Code of medical and sanitary regulations for the guidance of medical officers serving in the Madras Presidency - Volume II
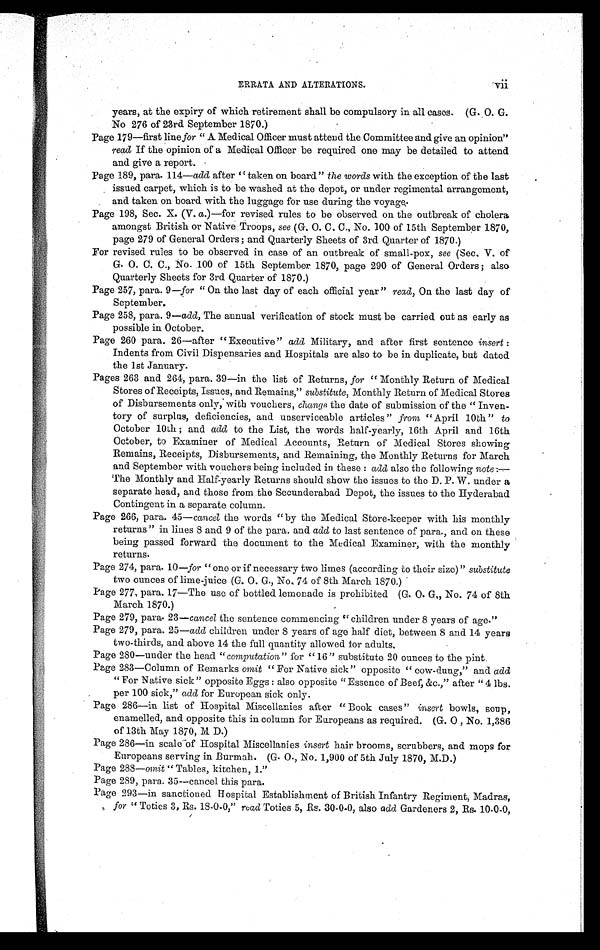
ERRATA AND ALTERATIONS. vii
years, at the expiry of which retirement shall be compulsory in all cases. (G.O. G.
No 276 of 23rd September 1870.)
Page 179—first line for " A Medical Officer must attend the Committee and give an opinion"
read If the opinion of a Medical Officer be required one may be detailed to attend
and give a report.
Page 189, para. 114—add after "taken on board" the words with the exception of the last
issued carpet, which is to be washed at the depot, or under regimental arrangement,
and taken on board with the luggage for use during the voyage.
Page 198, Sec. X. (V. a.)—for revised rules to be observed on the outbreak of cholera
amongst British or Native.Troops, see (G. O. C. C., No. 100 of 15th September 1870,
page 279 of General Orders ; and Quarterly Sheets of 3rd Quarter of 1870.)
For revised rules to be observed in case of an outbreak of small-pox, see (Sec, V. of
G. O. C. C., No. 100 of 15th September 1870, page 290 of General Orders ; also
Quarterly Sheets for 3rd Quarter of 1870.)
Page 257, para. 9—for " On the last day of each official year" read, On the last day of
September.
Page 258, para. 9— add, The annual verification of stock must be carried out as early as
possible in October.
Page 260 para. 26—after "Executive" add Military, and after first sentence insert :
Indents from Civil Dispensaries and Hospitals are also to be in duplicate, but dated
the 1st January.
Pages 263 and 264, para. 39—in the list of Returns, for " Monthly Return of Medical
Stores of Receipts, Issues, and Remains," substitute, Monthly Return of Medical Stores
of Disbursements only, with vouchers, change, the date of submission of the " Inven-
tory of surplus, deficiencies, and unserviceable articles" from "April 10th" to
October 10th ; and add to the List, the words half-yearly, 16th April and 16th
October, to Examiner of Medical Accounts, Return of Medical Stores showing
Remains, Receipts, Disbursements, and Remaining, the Monthly Returns for March
and September with vouchers being included in these : add also the following note :—
The Monthly and Half-yearly Returns should show the issues to the D. P. W. under a
separate head, and those from the Secunderabad Depot, the issues to the Hyderabad
Contingent in a separate column.
Page 266, para. 45—cancel the words "by the Medical Store-keeper with his monthly
returns" in lines 8 and 9 of the para. and add to last sentence of para., and on these
being passed forward the document to the Medical Examiner, with the monthly
returns.
Page 274, para. 10—for "ono or if necessary two limes (according to their size)" substitute
two ounces of lime-juice (G. O. G., No. 74 of 8th March 1870.)
Page 277, para. 17—The use of bottled lemonade is prohibited (G. O. G., No. 74 of 8th
March 1870.)
Page 279, para. 23—cancel the sentence commencing "children under 8 years of age."
Page 279, para. 25—add children under 8 years of age half diet, between 8 and 14 years
two-thirds, and above 14 the full quantity allowed for adults.
Page 280—under the head " computation " for "16" substitute 20 ounces to the pint.
Page 283—Column of Remarks omit " For Native sick " opposite " cow-dung," and add
" For Native sick" opposite Eggs : also opposite "Essence of Beef, &c.," after "4 lbs.
per 100 sick," add for European sick only.
Page 286—in list of Hospital Miscellanies after " Book cases" insert bowls, soup,
enamelled, and opposite this in column for Europeans as required. (G. O , No. 1,386
of 13th May 1870, M D.)
Page 286—in scale of Hospital Miscellanies insert hair brooms, scrubbers, and mops for
Europeans serving in Burmah. (G. O., No. 1,900 of 5th July 1870, M.D.)
Page 288—omit " Tables, kitchen, 1."
Page 289, para. 35—cancel this para.
Page 293—in sanctioned Hospital Establishment of British Infantry Regiment, Madras,
for " Toties 3, Rs. 18-0.0," read Toties 5, Rs. 30-0.0, also add Gardeners 2, Rs. 10-0-0,